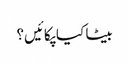
بیٹا کیا پکائیں؟